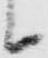
候